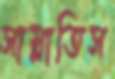
সাম্‌লাতিস